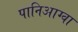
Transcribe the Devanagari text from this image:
पानिआग्वा